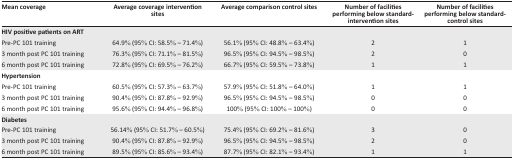
| Mean coverage | Average coverage intervention sites | Average comparison control sites | Number of facilities performing below standard- intervention sites | Number of facilities performing below standard- control sites |
 | --- | --- | --- | --- | --- |
 | <COLSPAN=5> HIV positive patients on ART |
 | Pre-PC 101 training | 64.9% (95% CI: 58.5% – 71.4%) | 56.1% (95% CI: 48.8% – 63.4%) | 2 | 1 |
 | 3 month post PC 101 training | 76.3% (95% CI: 71.1% – 81.5%) | 96.5% (95% CI: 94.5% – 98.5%) | 2 | 0 |
 | 6 month post PC 101 training | 72.8% (95% CI: 69.5% – 76.2%) | 66.7% (95% CI: 59.5% – 73.8%) | 1 | 1 |
 | <COLSPAN=5> Hypertension |
 | Pre-PC 101 training | 60.5% (95% CI: 57.3% – 63.7%) | 57.9% (95% CI: 51.8% – 64.0%) | 1 | 1 |
 | 3 month post PC 101 training | 90.4% (95% CI: 87.8% – 92.9%) | 96.5% (95% CI: 94.5% – 98.5%) | 0 | 0 |
 | 6 month post PC 101 training | 95.6% (95% CI: 94.4% – 96.8%) | 100% (95% CI: 100% – 100%) | 0 | 0 |
 | <COLSPAN=5> Diabetes |
 | Pre-PC 101 training | 56.14% (95% CI: 51.7% – 60.5%) | 75.4% (95% CI: 69.2% – 81.6%) | 3 | 0 |
 | 3 month post PC 101 training | 90.4% (95% CI: 87.8% – 92.9%) | 96.5% (95% CI: 94.5% – 98.5%) | 2 | 0 |
 | 6 month post PC 101 training | 89.5% (95% CI: 85.6% – 93.4%) | 87.7% (95% CI: 82.1% – 93.4%) | 1 | 1 |